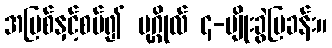
အပြစ်နှင့်စပ်၍ ပုဂ္ဂိုလ် ၄-မျိုးခွဲပြခန်း။